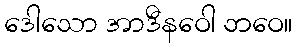
ဒေါသော အာဒီနဝေါ ဘဝေ။